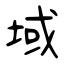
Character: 域